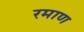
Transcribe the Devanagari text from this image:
रमाण